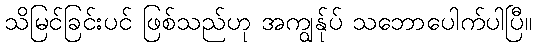
သိမြင်ခြင်းပင် ဖြစ်သည်ဟု အကျွန်ုပ် သဘောပေါက်ပါပြီ။